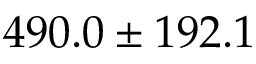
4 9 0 . 0 \pm 1 9 2 . 1